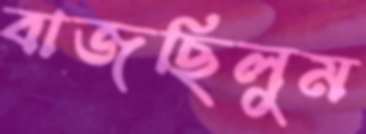
বাজছিলুম